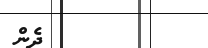
٩         ދެން